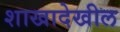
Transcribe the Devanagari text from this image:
शाखादेखील